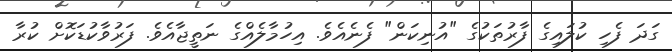
ގަދަ ފެހި ކުލައިގެ ފާރުތަކުގެ "އުނިކަން" ފެނެއެވެ. އިހުމާލެއްގެ ނަތީޖާއެވެ. ފަރުވާކުޑަކޮށް ކުރާ